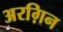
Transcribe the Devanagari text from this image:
अरग़िन